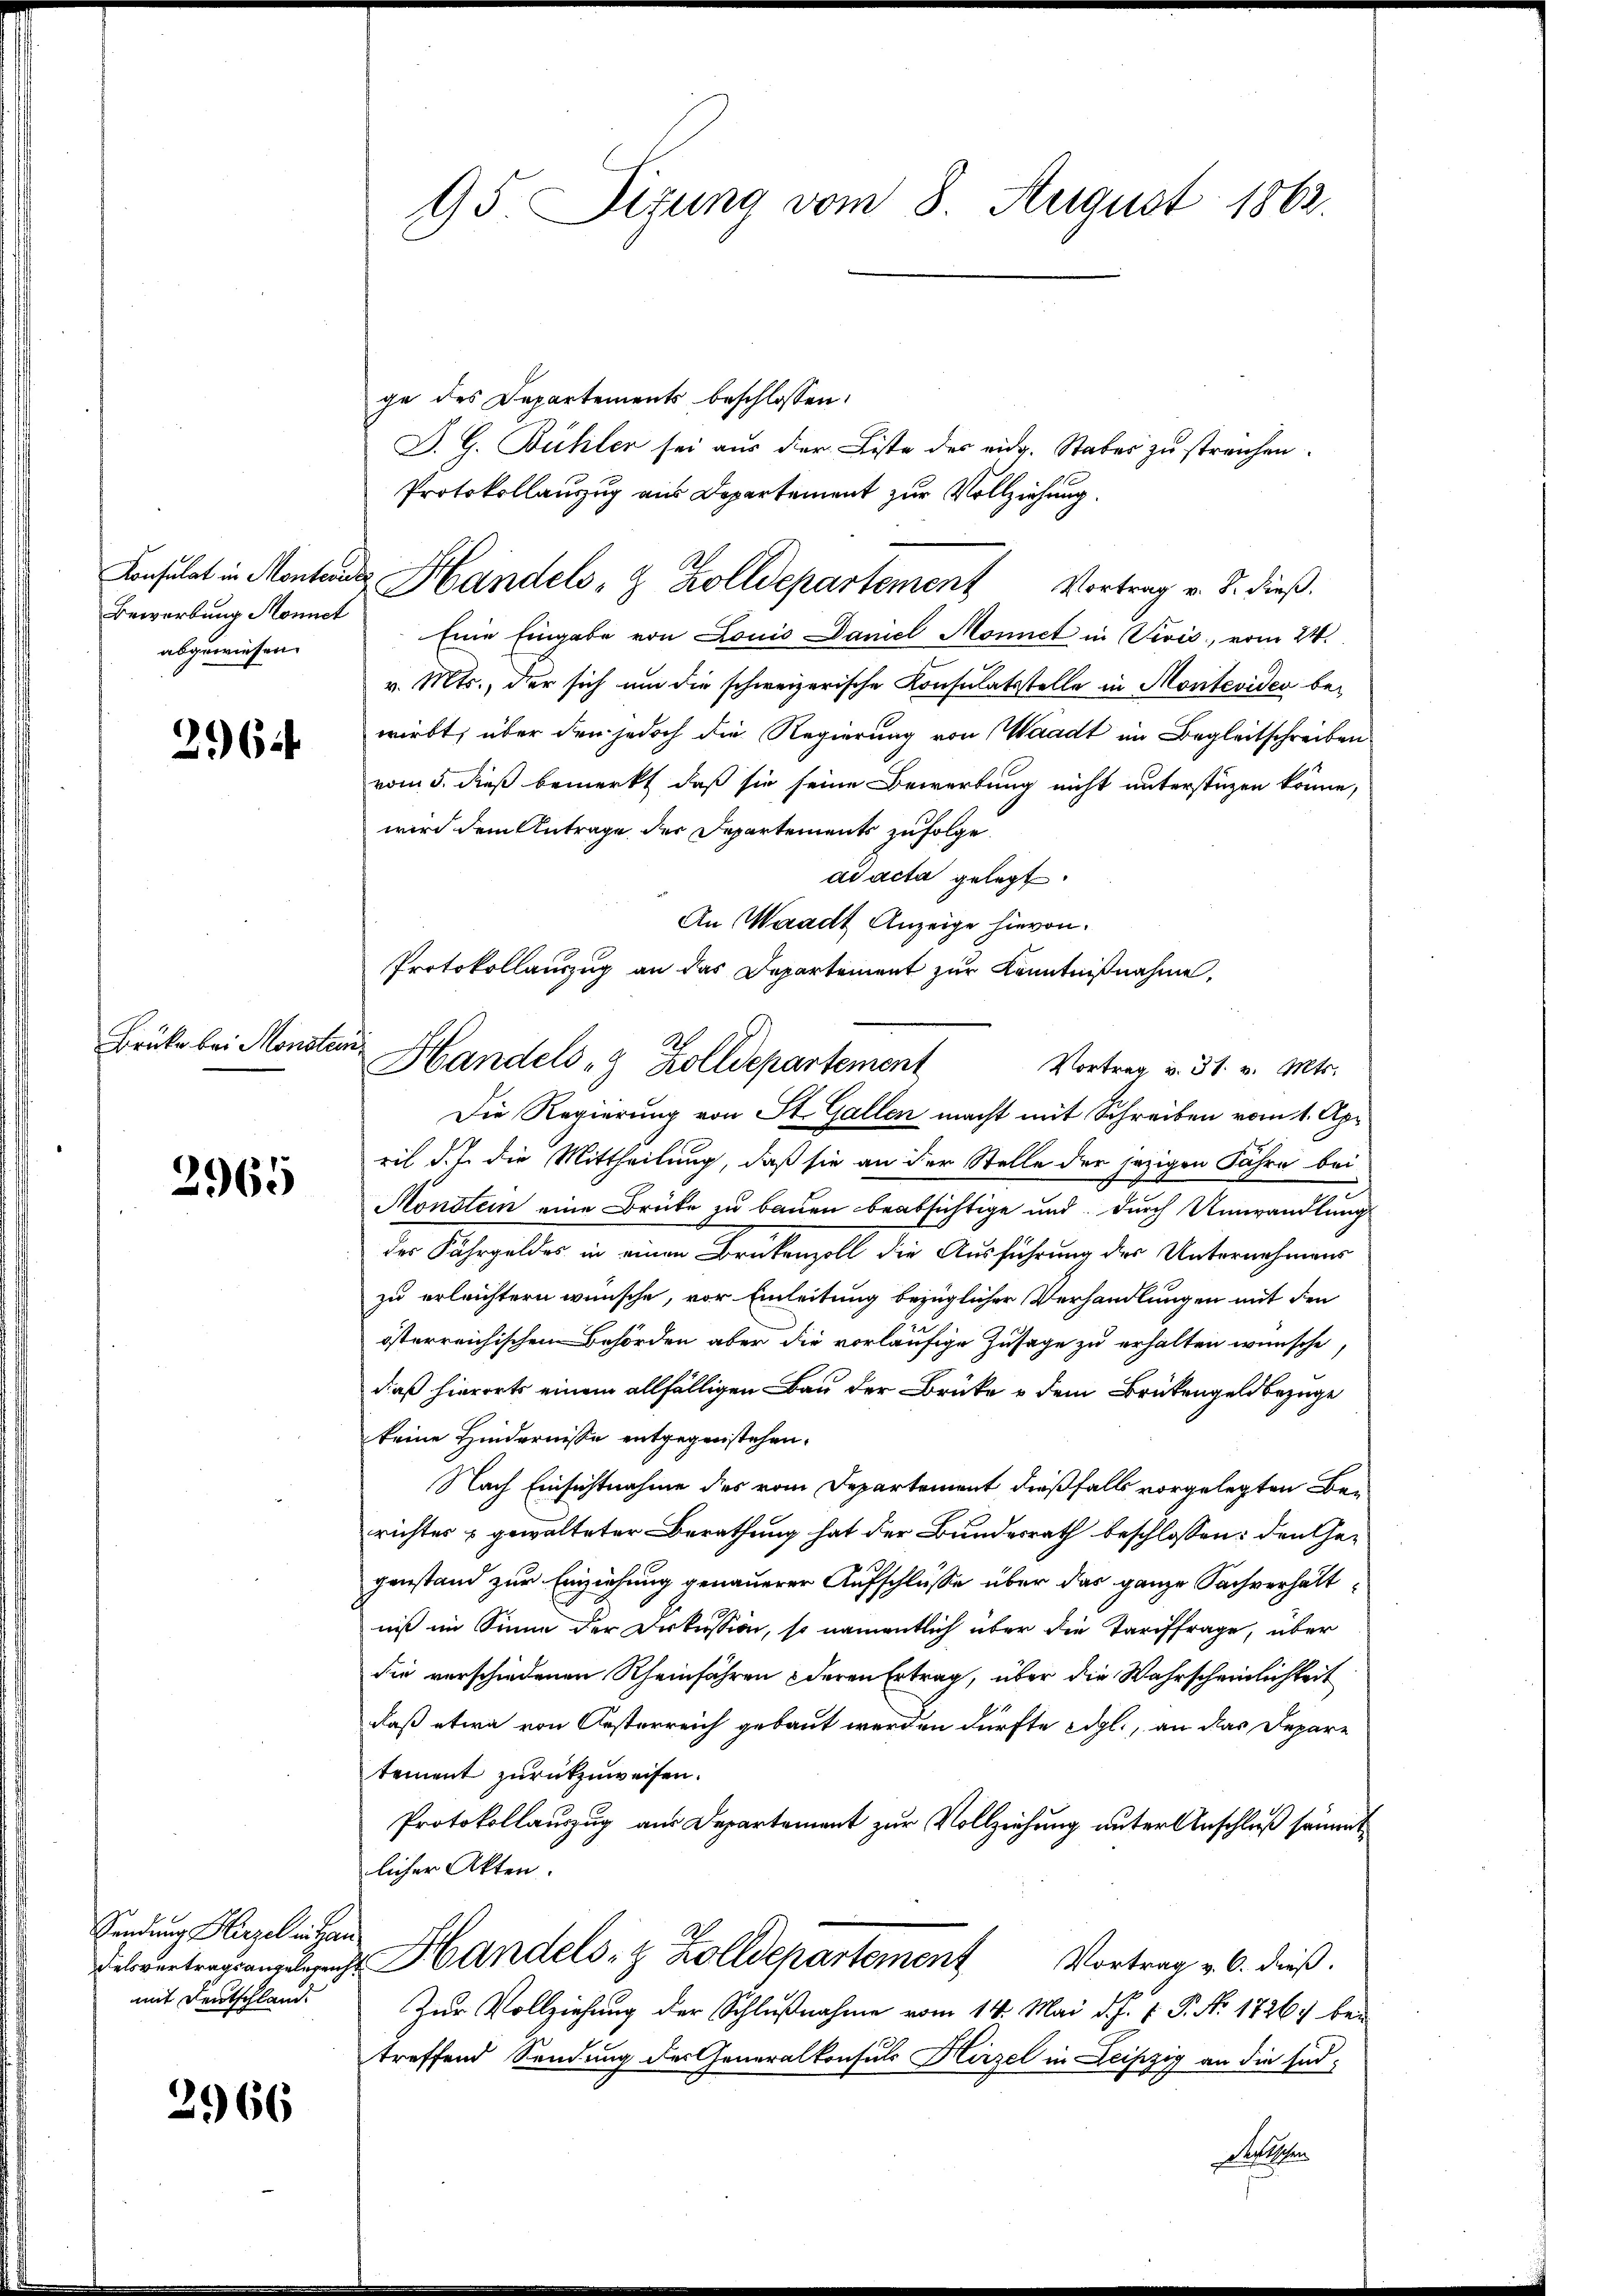
Bewerbung Monnet
abgewiesen.

296.

Brüke bei Monstein¬

2965

Sendung Hirzel in Han
Felsvertragsangelegenh
mit Deutschlande

2966

95 Sitzung vom 8. August 1863.

ge des Departements beschlossen:
D. G. Bühler sei aus der Liste des eidg. Stabes zu streichen.
Protokollauszug aus Departement zur Vollziehung.
Eine Eingabe von Louis Daniel Monnet in Vević, vom 24.
v. Mts., der sich um die schweizerische Konsulatsstelle in Monteviden bewirkt, über den jedoch die Regierung von Waadt im Begleitschreiben
vom 5. dieß bemerkt, daß sie seine Bewerbung nicht unterstüzen könne,
wird dem Antrage der Departements zufolge.
ad acta gelegt.
An Waadt Anzeige hievon
Protokollauszug an das Departement zur Kenntnißnahme,

Consulat in Montandes Handels- & Zolldepartement Vortrag v. J. dieß.

Handels 8 Zolldepartement Vortrag v. 31. v. Mts.

Die Regierung von St. Gallen macht mit Schreiben vom 1. Apr
ril d. J. die Mittheilung, daß sie an der Stelle der jezigen Jahre bei
Monstein eine Brücke zu bauen beabsichtige und durch Umwandlung
der Fahrgelder in einen Brükenzoll die Ausführung der Unternehmen
zu erleichtern wünsche, vor Einleitung bezüglicher Verhandlungen mit den
österreichischen Behörden aber die vorläufige Zusage zu erhalten wünsche,
daß hierorts einem allfälligen Bau der Brüke u dem Brükengeld bezüge
keine Hindernisse entgegenstehen.
Nach Einsichtnahme des vom Departement dießfalls vorgelegten Berichtes gewalteter Berathung hat der Bundesrath beschlossen: den Ge-
genstand zur Einziehung genauerer Aufschlüsse über das ganze Sachverhältniß im Sinne der Dokussion, so namentlich über die Tariffrage, über
die verschiedenen Rheinfahren deren Ertrag, über die Wahrscheinlichkeit
daß etwa von Oesterreich gebaut werden dürfte edgl., an das Depare
tement zurückzuweisen.
Protokollauszug aus Departement zur Vollziehung unter Anschluß sämmt
licher Akten.
Handels- & Zolldepartement Vortrag v. 6. dieß.
Zur Vollziehung der Schlußnahme vom 14. Mai d. J. J. P. Nr. 1726) bei
treffend Sendung des Generalkonsuls Hirzel in Leipzig an die End-
Sephen